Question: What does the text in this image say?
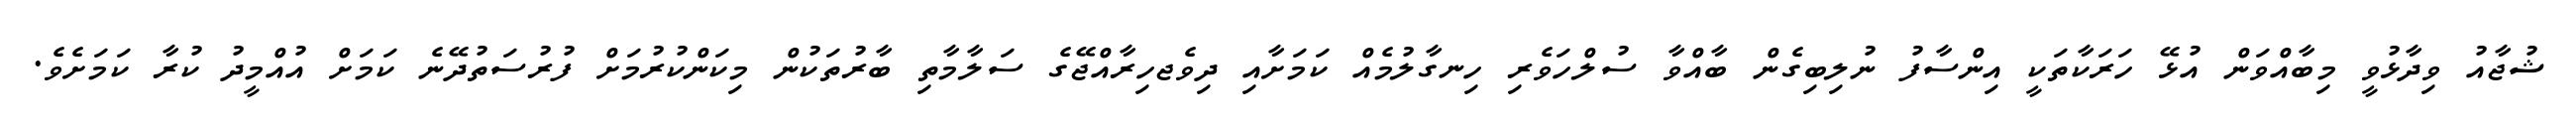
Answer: ޝުޖާއު ވިދާޅުވީ މިބާއްވަން އުޅޭ ހަރަކާތަކީ އިންސާފު ނުލިބިގެން ބާއްވާ ސުލްހަވެރި ހިނގާލުމެއް ކަމަށާއި ދިވެޖހިރާއްޖޭގެ ސަލާމާތި ބާރުތަކުން މިކަންކުރުމަށް ފުރުސަތުދޭނެ ކަމަށް އުއްމީދު ކުރާ ކަމަށެވެ.